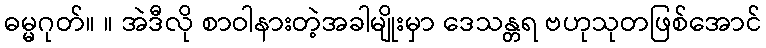
ဓမ္မဂုတ်။ ။ အဲဒီလို စာဝါနားတဲ့အခါမျိုးမှာ ဒေသန္တရ ဗဟုသုတဖြစ်အောင်